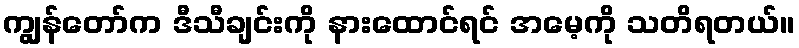
ကျွန်တော်က ဒီသီချင်းကို နားထောင်ရင် အမေ့ကို သတိရတယ်။